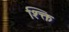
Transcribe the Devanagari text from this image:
श्क्ति